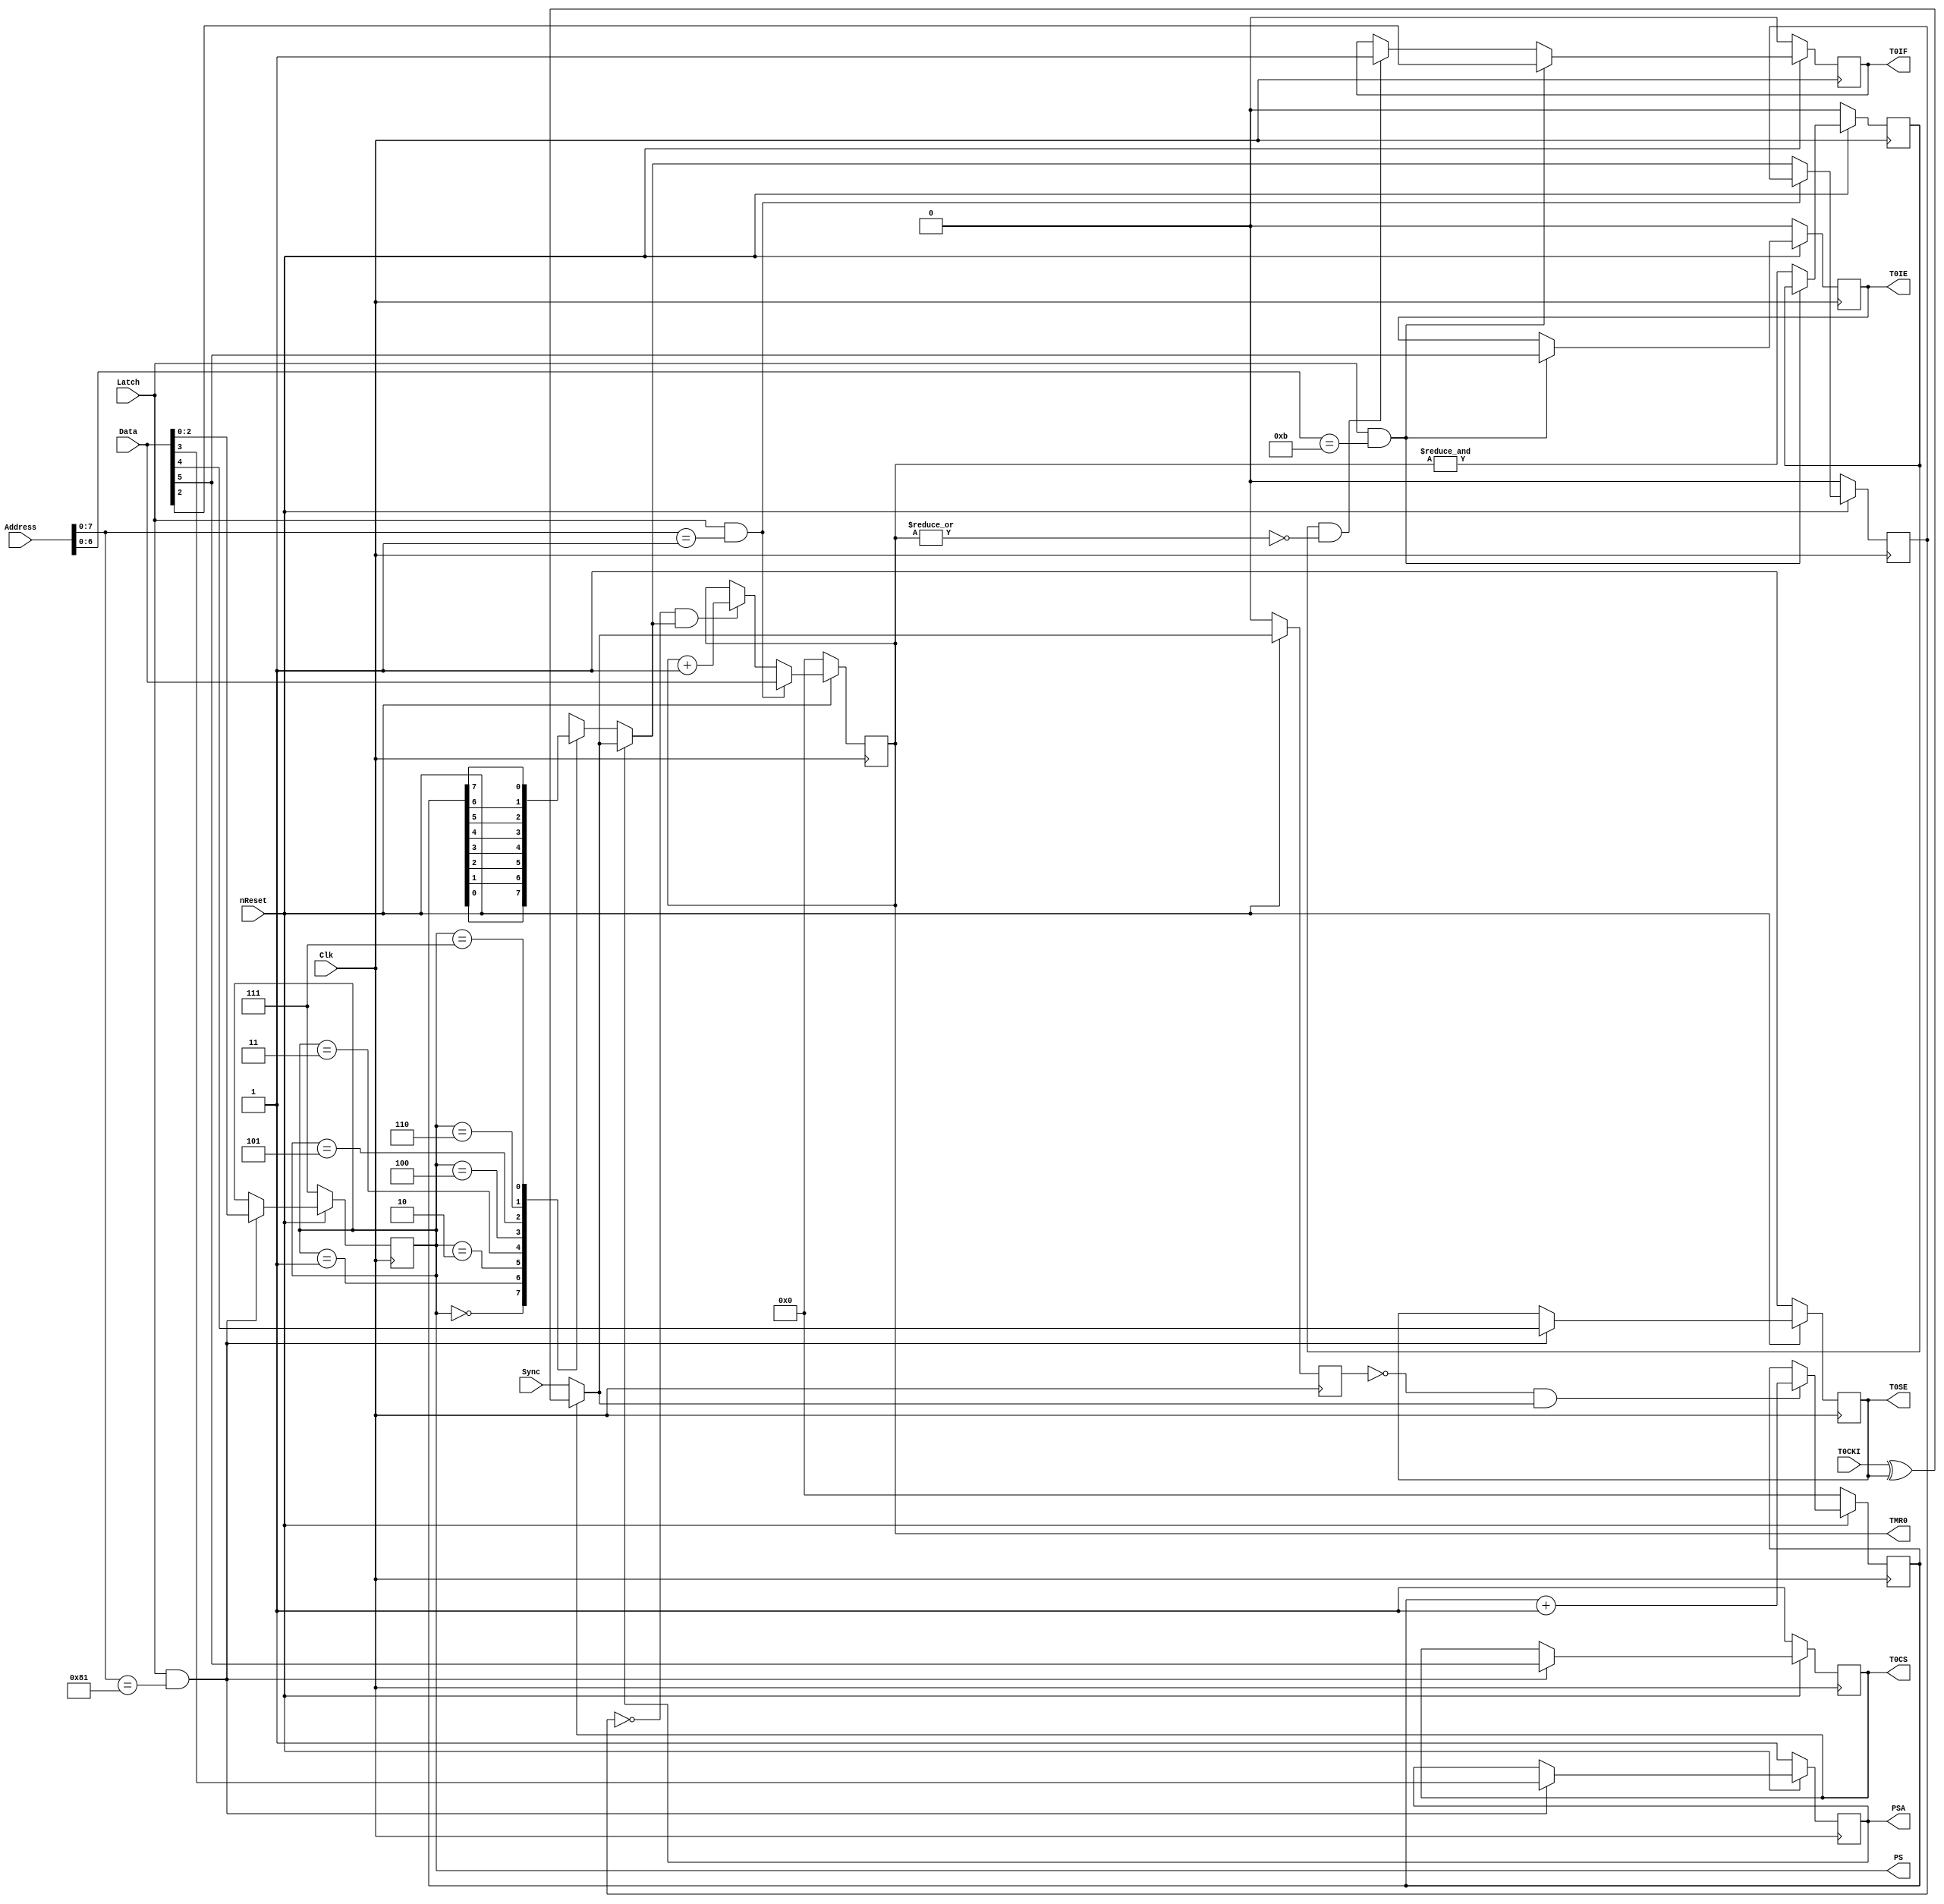
module Timer0(
  input nReset,
  input Clk,
  input Sync,

  input [8:0]Address,
  input [7:0]Data,
  input      Latch,

  input      T0CKI,

  output reg [7:0]TMR0,
 
  output reg      T0IE,
  output reg      T0IF,

  output reg      T0CS,
  output reg      T0SE,
  output reg      PSA,
  output reg [2:0]PS 
);
//------------------------------------------------------------------------------

reg       PrevTMR0;
wire      ClkIn;
reg       PrevClkIn;
wire      ClkSelect;
reg       PrevClkSelect;
reg  [7:0]Prescaler;
reg       PrescalerOut;

assign ClkSelect = T0CS ? T0CKI ^ T0SE : Sync;
assign ClkIn     = PSA  ? ClkSelect    : PrescalerOut;

always @(*) begin
  case(PS)
    3'h0: PrescalerOut <= Prescaler[0];
    3'h1: PrescalerOut <= Prescaler[1]; 
    3'h2: PrescalerOut <= Prescaler[2];
    3'h3: PrescalerOut <= Prescaler[3];
    3'h4: PrescalerOut <= Prescaler[4];
    3'h5: PrescalerOut <= Prescaler[5];
    3'h6: PrescalerOut <= Prescaler[6];
    3'h7: PrescalerOut <= Prescaler[7];
    default:;
  endcase
end
//------------------------------------------------------------------------------

always @(posedge Clk) begin
  if(!nReset) begin
    TMR0 <= 0;
    T0IE <= 0;
    T0IF <= 0;
    T0CS <= 1'b1;
    T0SE <= 1'b1;
    PSA  <= 1'b1;
    PS   <= 3'b111;

    PrevTMR0      <= 0;
    PrevClkIn     <= 0;
    PrevClkSelect <= 0;
    Prescaler     <= 0;
//------------------------------------------------------------------------------

  end else begin
    if(~PrevClkSelect & ClkSelect) begin
      Prescaler <= Prescaler + 1'b1;
    end
    PrevClkSelect <= ClkSelect;

    if(Latch && Address[7:0] == 8'h01) begin
      TMR0 <= Data;
    end else begin
      if(~PrevClkIn & ClkIn) begin
        TMR0 <= TMR0 + 1'b1;
      end
      PrevClkIn <= ClkIn;
    end

    if(Latch && Address[7:0] == 8'h81) begin
      T0CS <= Data[5];
      T0SE <= Data[4];
      PSA  <= Data[3];
      PS   <= Data[2:0];
    end

    if(Latch && Address[6:0] == 7'h0B) begin
      T0IE <= Data[5];
      T0IF <= Data[2];
    end else begin
      if(PrevTMR0 && ~|TMR0) T0IF <= 1'b1;
      PrevTMR0 <= &TMR0;
    end
  end
end
//------------------------------------------------------------------------------

endmodule
//------------------------------------------------------------------------------